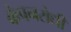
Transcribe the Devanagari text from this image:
कंपनरोधी